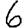
Digit: 6